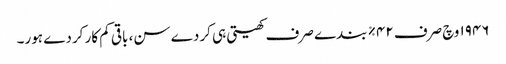
١٩٤٦ وچ صرف ٤٢% بندے صرف کھیتی ہی کردے سن، باقی کم کار کردے ہور۔